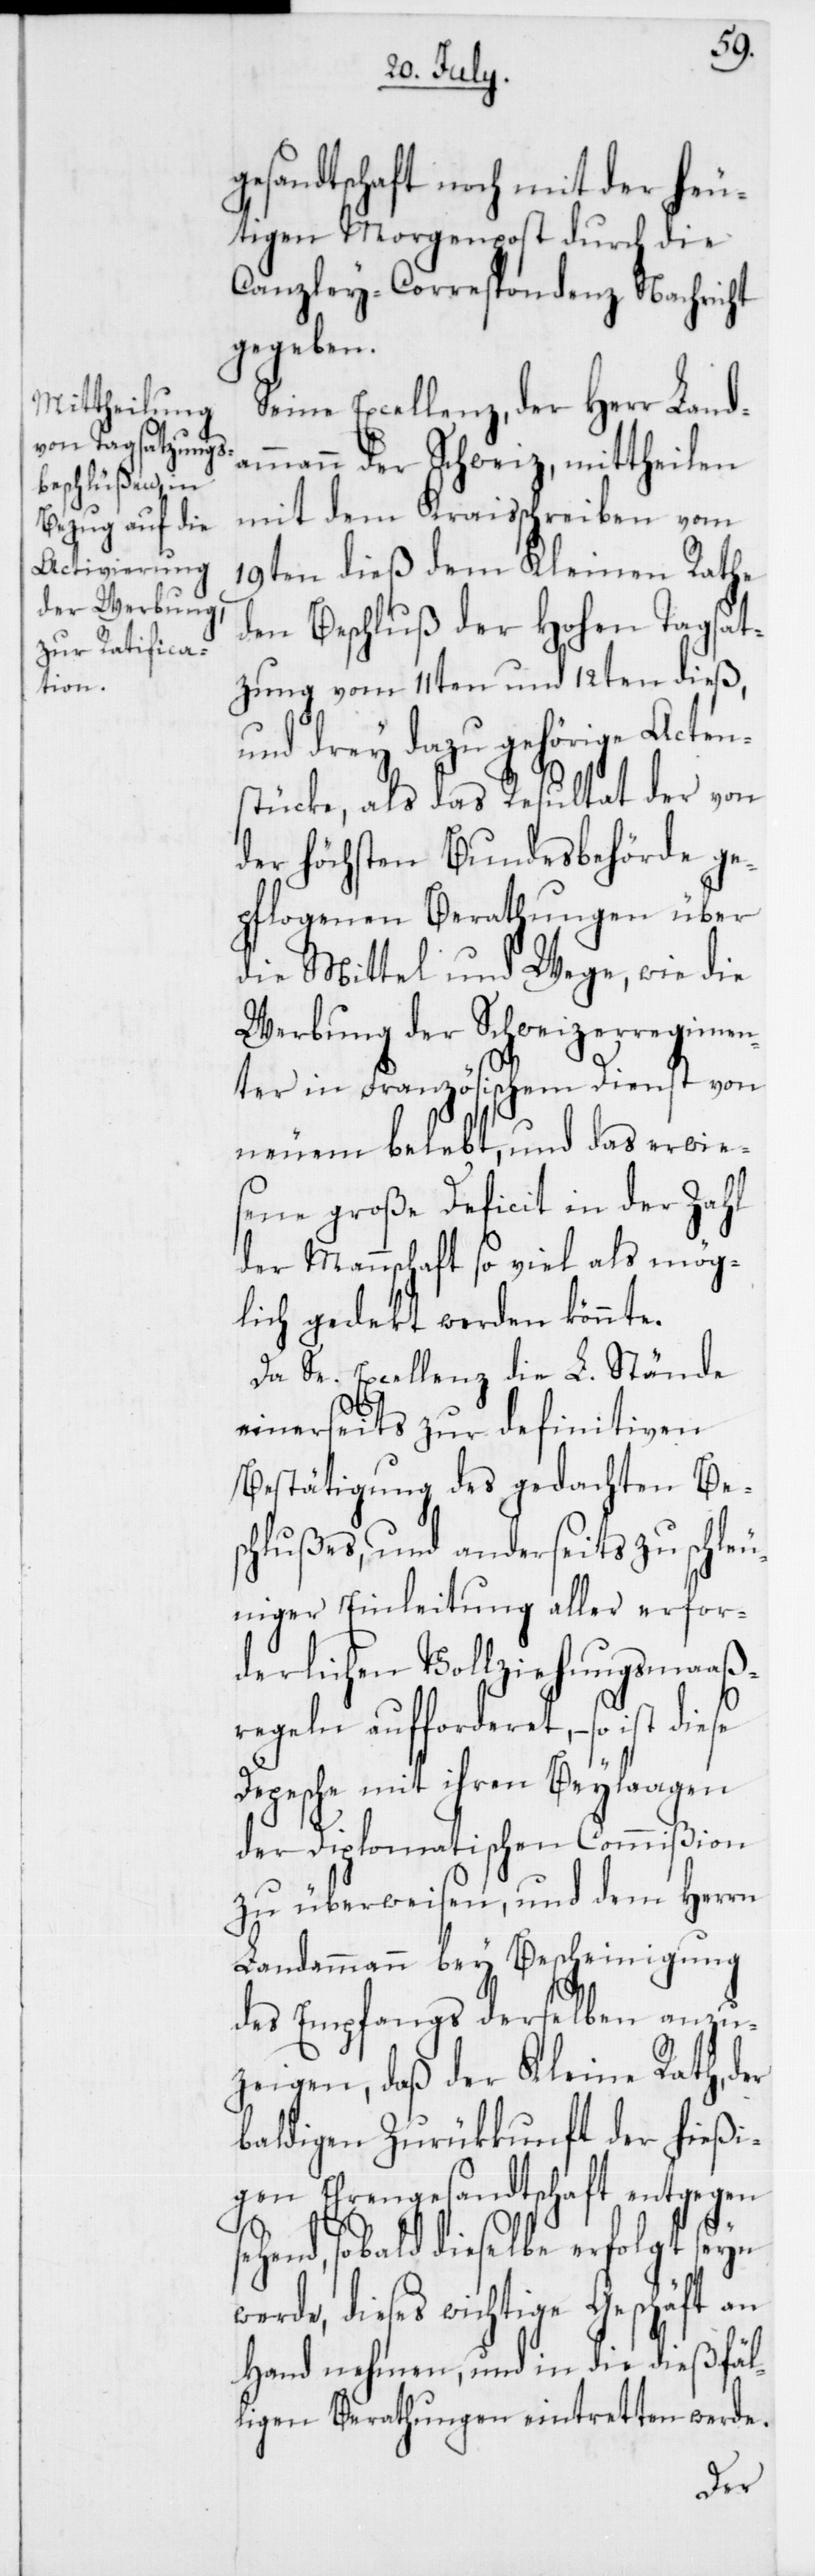
gesandtschaft noch mit der heu¬
tigen Morgenpost durch die
Canzley-Correspondenz Nachricht
gegeben.
Seine Excellenz, der Herr Land¬
ammann der Schweiz, mittheilen
mit dem Kreisschreiben vom
19ten dieß dem Kleinen Rathe
den Beschluß der Hohen Tagsat¬
zung vom 11ten und 12ten dieß,
und drey dazu gehörige Acten¬
stücke, als das Resultat der von
der höchsten Bundesbehörde ge¬
pflogenen Berathungen über
die Mittel und Wege, wie die
Werbung der Schweizerregimen¬
ter in Französischem Dienst von
neuem belebt, und das erwies¬
ene große Deficit in der Zahl
der Mannschaft so viel als mög¬
lich gedekt werden könnte.
Da Se. Excellenz die L. Stände
einerseits zur definitiven
Bestätigung des gedachten Bes¬
chlußes, und anderseits zu schle¬
uniger Einleitung aller erfor¬
derlichen Vollziehungsmaaß¬
regeln aufforderet, – so ist
Depesche mit ihren Beylagen
der Diplomatischen Commißion
nse¬
zu überweisen, und dem
Landammann bey Bescheinigung
des Empfangs derselben anzu¬
zeigen, daß der Kleine Ra¬
baldigen Zurükkunft der hi¬
igen Ehrengesandtschaft entgege¬
hend, sobald dieselbe erfolgt
werde, dieses wichtige Geschäft
die dießf¬
Hand nehmen, und in
th,
en
ligen Berathung¬